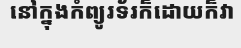
នៅក្នុងកំព្យូរទ័រក៏ដោយក៏វា